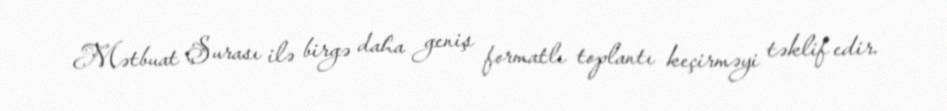
Mətbuat Şurası ilə birgə daha geniş formatlı toplantı keçirməyi təklif edir.